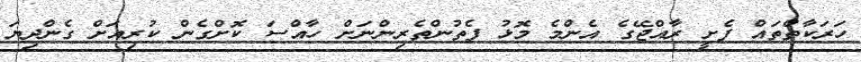
ހަރަކާތްތައް ފެށީ ރާއްޖޭގެ އެންމެ މޮޅު ފެތުންތެރިންނަށް ހާއްސަ ކޮށްގެން ކުރިއަށް ގެންދިޔަ